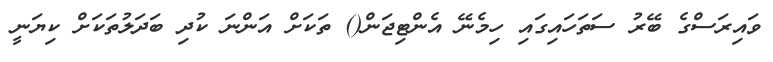
ވައިރަސްގެ ބޭރު ސަތަހައިގައި ހިމެނޭ އެންޓިޖަން() ތަކަށް އަންނަ ކުދި ބަދަލުތަކަށް ކިޔަނީ